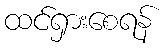
ထင်ရှားစေရန်